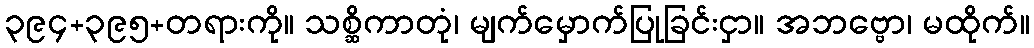
၃၉၄+၃၉၅+တရားကို။ သစ္ဆိကာတုံ၊ မျက်မှောက်ပြုခြင်းငှာ။ အဘဗ္ဗော၊ မထိုက်။